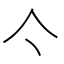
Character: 亽